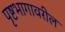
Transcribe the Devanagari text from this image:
पृष्टभागावरील